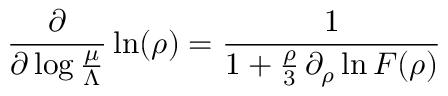
\frac { \partial } { \partial \log \frac { \mu } { \Lambda } } \ln ( \rho ) = \frac { 1 } { 1 + \frac { \rho } { 3 } \, \partial _ { \rho } \ln { \cal F } ( \rho ) }